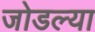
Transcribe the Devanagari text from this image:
जोडल्‍या